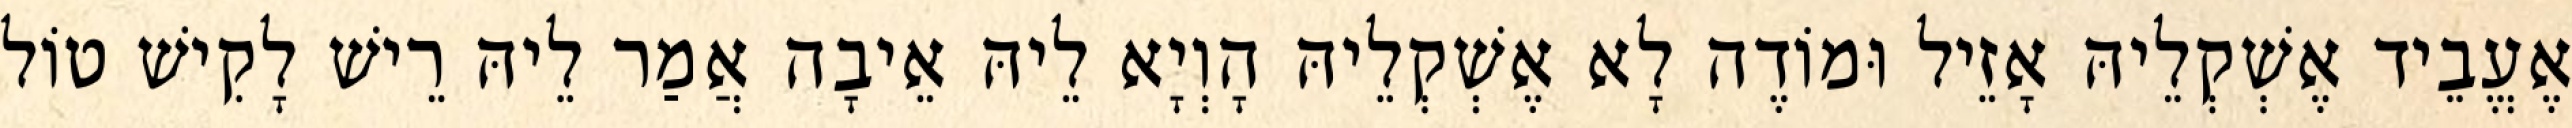
אֶעֱבֵיד אֶשְׁקְלֵיהּ אָזֵיל וּמוֹדֶה לָא אֶשְׁקְלֵיהּ הָוְיָא לֵיהּ אֵיבָה אֲמַר לֵיהּ רֵישׁ לָקִישׁ טוֹל